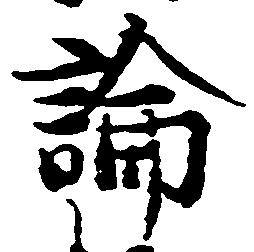
論